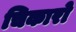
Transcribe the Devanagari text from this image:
चिकारो